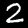
Digit: 2